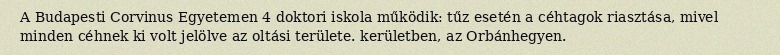
A Budapesti Corvinus Egyetemen 4 doktori iskola működik: tűz esetén a céhtagok riasztása, mivel minden céhnek ki volt jelölve az oltási területe. kerületben, az Orbánhegyen.